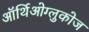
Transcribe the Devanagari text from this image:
ऑर्थिओग्लुकोज